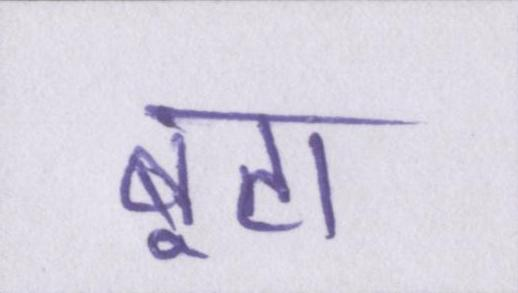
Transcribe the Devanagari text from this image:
बूटा